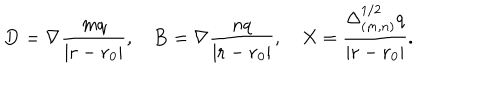
LaTeX: { \bf D } = \nabla { \frac { m q } { | { \bf r } - { \bf r } _ { 0 } | } } , { \bf B } = \nabla { \frac { n q } { | { \bf r } - { \bf r } _ { 0 } | } } , X = { \frac { \Delta _ { ( m , n ) } ^ { 1 / 2 } q } { | { \bf r } - { \bf r } _ { 0 } | } } .